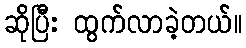
ဆိုပြီး ထွက်လာခဲ့တယ်။